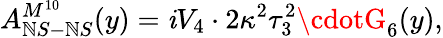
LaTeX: A_{\mathbb{N}S-\mathbb{N}S}^{M^{10}}(y)=\mathit{i}V_{4}\cdot2\kappa^{2}\tau_{3}^{2}\cdotG_{6}(y),